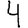
Digit: 4